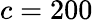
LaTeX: c=200